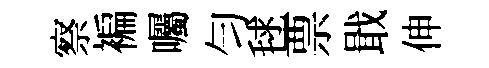
察褊囑匀毬票戢伸